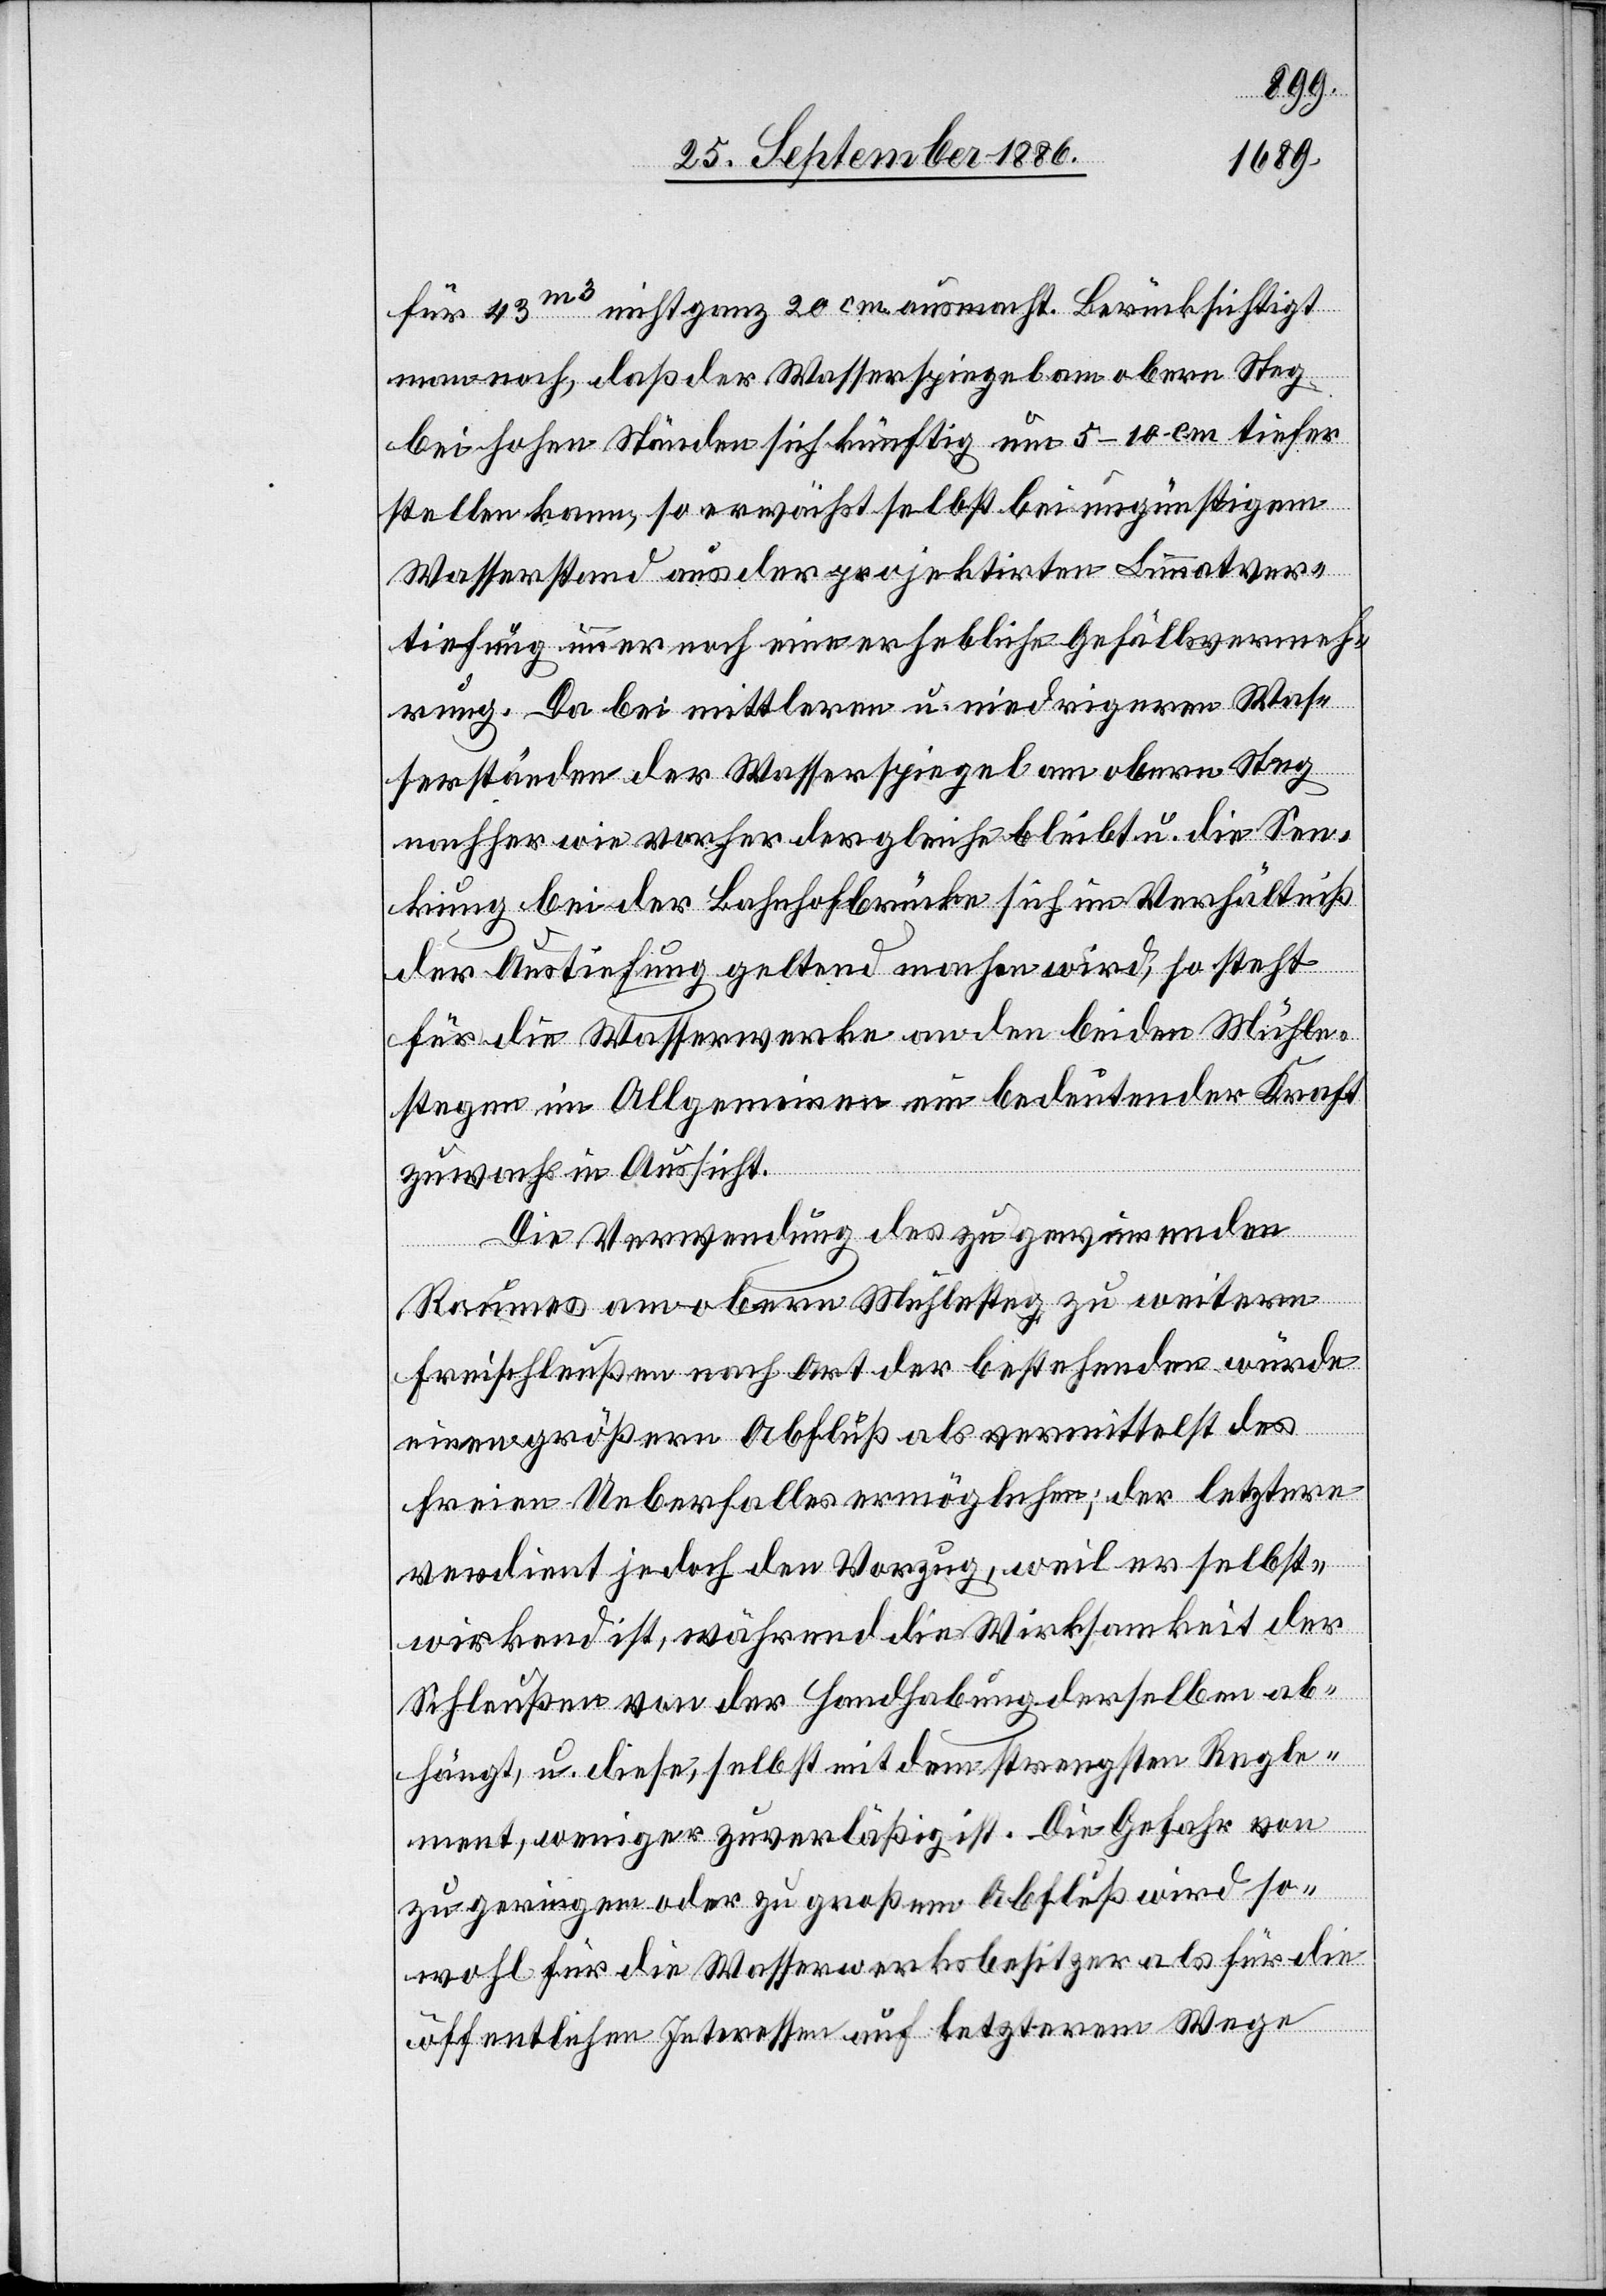
für 43m3 nicht ganz 20 cm ausmacht. Berücksichtigt
man noch, daß der Wasserspiegel am obern Steg
bei hohen Ständen sich künftig um 5–10 cm tiefer
stellen kann, so erwächst selbst bei ungünstigem
Wasserstand aus der projektirten Limmatver¬
tiefung immer noch eine erhebliche Gefällsvermeh¬
rung. Da bei mittleren u. niedrigeren Was¬
serständen der Wasserspiegel am obern Steg
nachher wie vorher der gleiche bleibt u. die Sen¬
kung bei der Bahnhofbrücke sich im Verhältniß
der Austiefung geltend machen wird, so steht
für die Wasserwerke an den beiden Mühle¬
stegen im Allgemeinen ein bedeutender Kraft¬
zuwachs in Aussicht.
Die Verwendung des zu gewinnenden
Raumes am obern Mühlesteg zu weitern
Freischleußen nach Art der bestehenden würde
einen größern Abfluß als vermittelst des
freien Ueberfalles ermöglichen; der letztere
verdient jedoch den Vorzug, weil er selbst¬
wirksam ist, während die Wirksamkeit der
Schleußen von der Handhabung derselben ab¬
hängt, u. diese, selbst mit dem strengsten Regle¬
ment, weniger zuverläßig ist. Die Gefahr von
zu geringem oder zu großem Abfluß wird so¬
wohl für die Wasserwerksbesitzer als für die
öffentlichen Interessen auf letzterem Wege